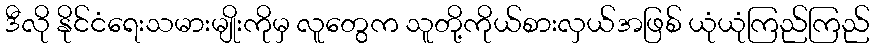
ဒီလို နိုင်ငံရေးသမားမျိုးကိုမှ လူတွေက သူတို့ကိုယ်စားလှယ်အဖြစ် ယုံယုံကြည်ကြည်